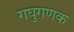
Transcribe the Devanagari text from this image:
गघुगणक